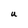
Character: U